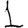
Digit: 1